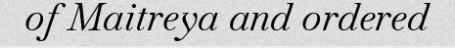
of Maitreya and ordered